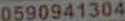
0590941304